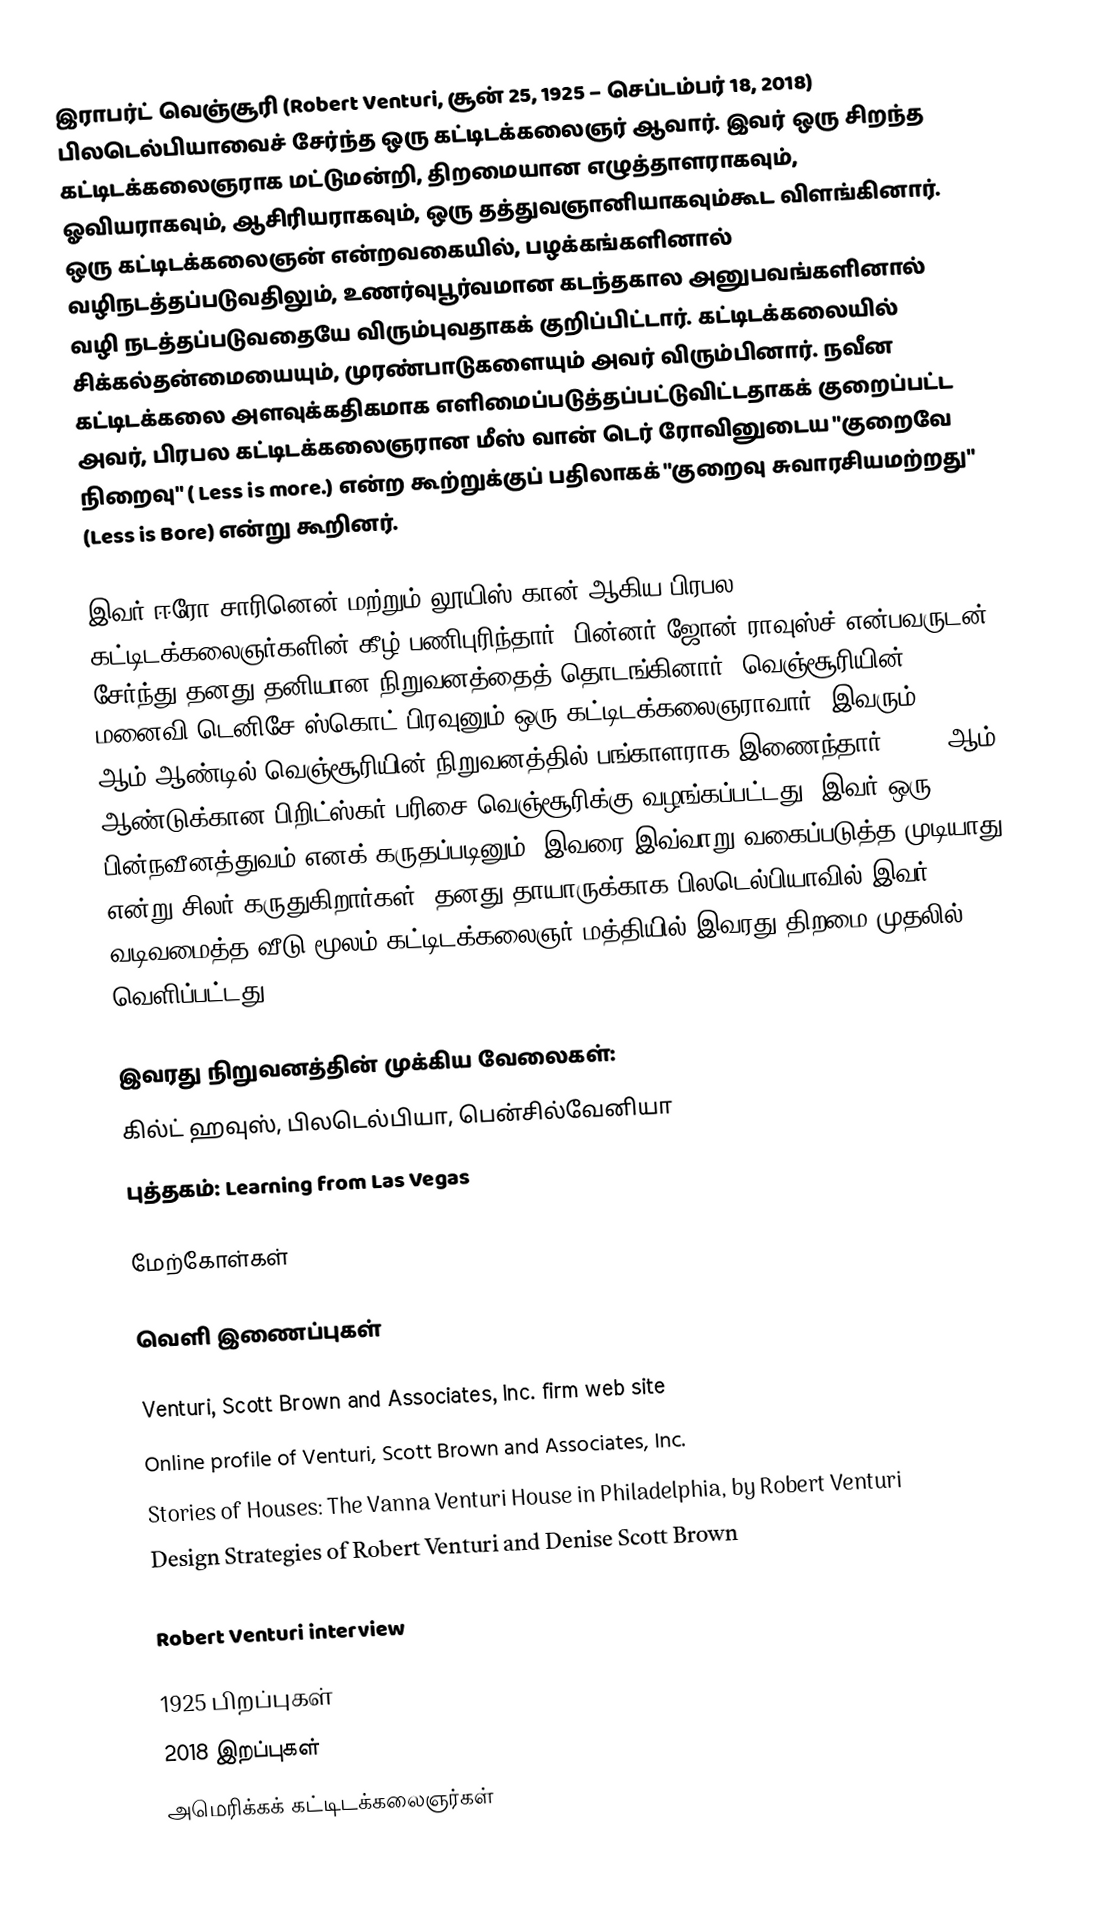
இராபர்ட் வெஞ்சூரி (Robert Venturi, சூன் 25, 1925 – செப்டம்பர் 18, 2018) பிலடெல்பியாவைச் சேர்ந்த ஒரு கட்டிடக்கலைஞர் ஆவார். இவர் ஒரு சிறந்த கட்டிடக்கலைஞராக மட்டுமன்றி, திறமையான எழுத்தாளராகவும், ஓவியராகவும், ஆசிரியராகவும், ஒரு தத்துவஞானியாகவும்கூட விளங்கினார். ஒரு கட்டிடக்கலைஞன் என்றவகையில், பழக்கங்களினால் வழிநடத்தப்படுவதிலும், உணர்வுபூர்வமான கடந்தகால அனுபவங்களினால் வழி நடத்தப்படுவதையே விரும்புவதாகக் குறிப்பிட்டார். கட்டிடக்கலையில் சிக்கல்தன்மையையும், முரண்பாடுகளையும் அவர் விரும்பினார். நவீன கட்டிடக்கலை அளவுக்கதிகமாக எளிமைப்படுத்தப்பட்டுவிட்டதாகக் குறைப்பட்ட அவர், பிரபல கட்டிடக்கலைஞரான மீஸ் வான் டெர் ரோவினுடைய "குறைவே நிறைவு" ( Less is more.) என்ற கூற்றுக்குப் பதிலாகக் "குறைவு சுவாரசியமற்றது" (Less is Bore) என்று கூறினர்.

இவர் ஈரோ சாரினென் மற்றும் லூயிஸ் கான் ஆகிய பிரபல கட்டிடக்கலைஞர்களின் கீழ் பணிபுரிந்தார். பின்னர் ஜோன் ராவுஸ்ச் என்பவருடன் சேர்ந்து தனது தனியான நிறுவனத்தைத் தொடங்கினார். வெஞ்சூரியின் மனைவி டெனிசே ஸ்கொட் பிரவுனும் ஒரு கட்டிடக்கலைஞராவார். இவரும் 1969 ஆம் ஆண்டில் வெஞ்சூரியின் நிறுவனத்தில் பங்காளராக இணைந்தார். 1991 ஆம் ஆண்டுக்கான பிறிட்ஸ்கர் பரிசை வெஞ்சூரிக்கு வழங்கப்பட்டது. இவர் ஒரு பின்நவீனத்துவம் எனக் கருதப்படினும், இவரை இவ்வாறு வகைப்படுத்த முடியாது என்று சிலர் கருதுகிறார்கள். தனது தாயாருக்காக பிலடெல்பியாவில் இவர் வடிவமைத்த வீடு மூலம் கட்டிடக்கலைஞர் மத்தியில் இவரது திறமை முதலில் வெளிப்பட்டது.

இவரது நிறுவனத்தின் முக்கிய வேலைகள்:
 கில்ட் ஹவுஸ், பிலடெல்பியா, பென்சில்வேனியா
 புத்தகம்: Learning from Las Vegas

மேற்கோள்கள்

வெளி இணைப்புகள்

 Venturi, Scott Brown and Associates, Inc. firm web site
 Online profile of Venturi, Scott Brown and Associates, Inc.
 Stories of Houses: The Vanna Venturi House in Philadelphia, by Robert Venturi
 Design Strategies of Robert Venturi and Denise Scott Brown

 Robert Venturi interview

1925 பிறப்புகள்
2018 இறப்புகள்
அமெரிக்கக் கட்டிடக்கலைஞர்கள்